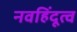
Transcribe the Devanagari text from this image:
नवहिंदूत्व